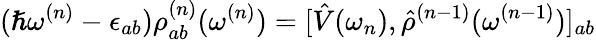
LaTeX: (\hslash\omega^{(n)}-\epsilon_{ab})\rho_{ab}^{(n)}(\omega^{(n)})=[\hat{V}(\omega_{n}),\hat{\rho}^{(n-1)}(\omega^{(n-1)})]_{ab}